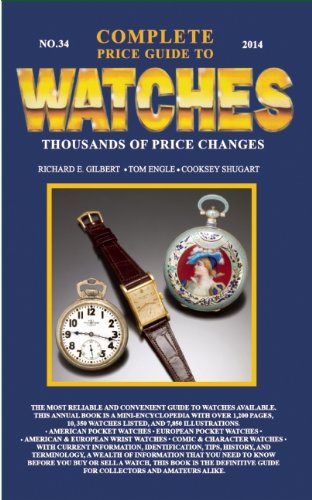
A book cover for Complete Price Guide to Watches 2014; Richard E. Gilbert; Crafts, Hobbies & Home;